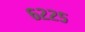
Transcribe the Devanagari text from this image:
६२२५